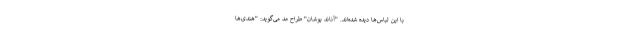
با این لباس‌ها دیده شده‌اند. "آناند بوشان" طراح مد می‌گوید: "هندی‌ها